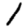
Digit: 1